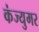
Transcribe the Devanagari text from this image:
कंज्युमर